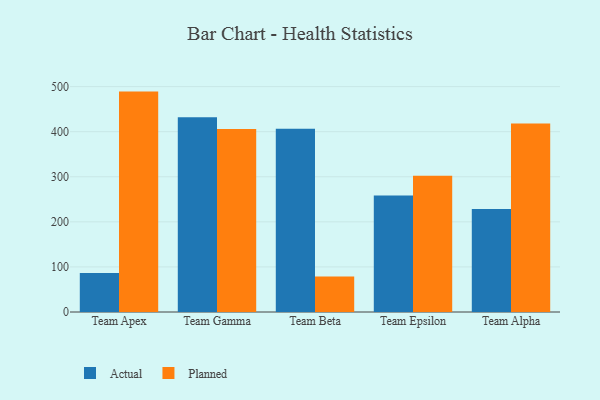
{"axis": {"x": "Team", "y": "Customer Acquisition Cost (USD)"}, "legend": ["Actual", "Planned"], "data": [{"x": "Team Apex", "y": 86.4, "type": "Actual"}, {"x": "Team Apex", "y": 488.9, "type": "Planned"}, {"x": "Team Gamma", "y": 432.0, "type": "Actual"}, {"x": "Team Gamma", "y": 406.1, "type": "Planned"}, {"x": "Team Beta", "y": 406.4, "type": "Actual"}, {"x": "Team Beta", "y": 78.8, "type": "Planned"}, {"x": "Team Epsilon", "y": 258.6, "type": "Actual"}, {"x": "Team Epsilon", "y": 302.0, "type": "Planned"}, {"x": "Team Alpha", "y": 228.7, "type": "Actual"}, {"x": "Team Alpha", "y": 417.9, "type": "Planned"}]}